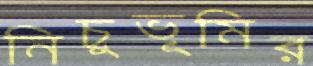
নিচুভূমির